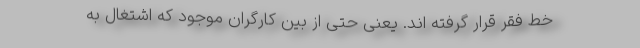
خط فقر قرار گرفته اند. یعنی حتی از بین کارگران موجود که اشتغال به